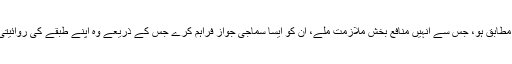
اشرفیہ خاندانوں کے بچوں سے ایسی تعلیم حاصل کرنے کی توقع کی جاتی ہے جو اقتصادی رحجانات کے مطابق ہو، جس سے انہیں منافع بخش ملازمت ملے، ان کو ایسا سماجی جواز فراہم کرے جس کے ذریعے وہ اپنے طبقے کی روائیتی طاقت کو اور مضبوط بنا سکیں جو کہ روائیتی قرابت داری کے نیٹ ورک کی بقا کے لئے ضروری ہے۔